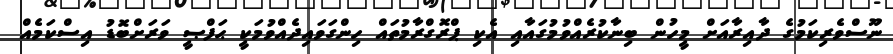
ނޫސްވެރިކަމުގެ ދާއިރާއަށް މީހުން ބިނާކުރެއްވުމުގައާއި އެކި ޕްރޮގްރާމުތައް ހިންގަވައިދެއްވުމަކީ ޙަފްޞީ ވަރަށްބޮޑު އިސްކަމެއް